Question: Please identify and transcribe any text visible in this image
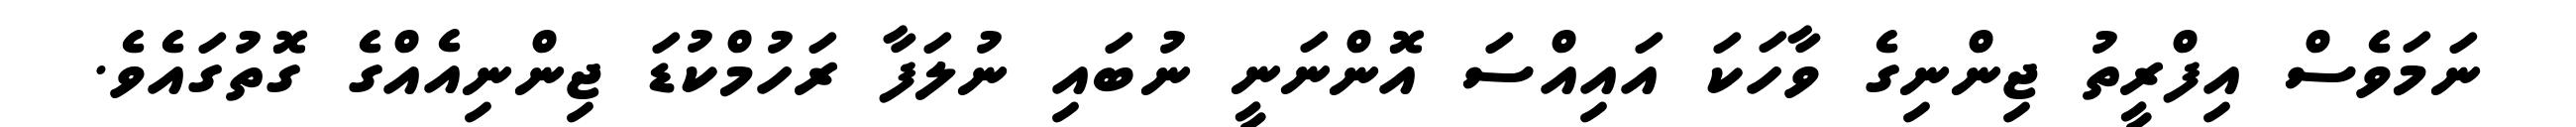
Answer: ނަމަވެސް އިފްރީތު ޖިންނިގެ ވާހަކަ އައިއްސަ އޮންނަނީ ނުބައި ނުލަފާ ރަހުމްކުޑަ ޖިންނިއެއްގެ ގޮތުގައެވެ.